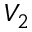
V _ { 2 }